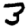
Digit: 3